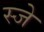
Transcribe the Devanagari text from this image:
स्जे